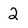
Character: 2